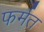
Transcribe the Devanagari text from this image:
फर्मत